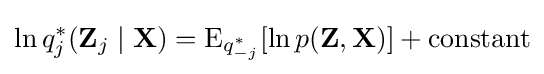
\ln q_{j}^{*}(\mathbf {Z} _{j}\mid \mathbf {X} )=\operatorname {E} _{q_{-j}^{*}}[\ln p(\mathbf {Z} ,\mathbf {X} )]+{\text{constant}}